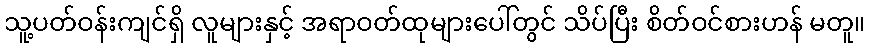
သူ့ပတ်ဝန်းကျင်ရှိ လူများနှင့် အရာဝတ်ထုများပေါ်တွင် သိပ်ပြီး စိတ်ဝင်စားဟန် မတူ။